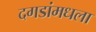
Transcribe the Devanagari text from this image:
दगडांमधला